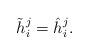
LaTeX: \begin{align*}\tilde{h}_i^j = \hat{h}_i^j.\end{align*}